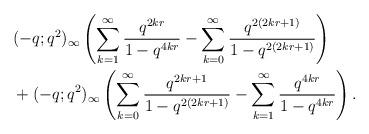
LaTeX: \begin{align*}&(-q;q^2)_\infty\left(\sum_{k=1}^{\infty} \frac{q^{2kr}}{1-q^{4kr}}-\sum_{k=0}^{\infty} \frac{q^{2(2kr+1)}}{1-q^{2(2kr+1)}}\right) \\&+(-q;q^2)_\infty\left( \sum_{k=0}^{\infty} \frac{q^{2kr+1}}{1-q^{2(2kr+1)}}-\sum_{k=1}^{\infty} \frac{q^{4kr}}{1-q^{4kr}}\right). \end{align*}